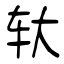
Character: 轪